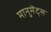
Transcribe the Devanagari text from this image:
मानुमेंट्स